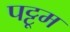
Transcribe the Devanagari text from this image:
पट्टूम